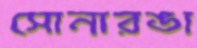
সোনারঙা